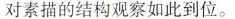
对素描的结构观察如此到位。